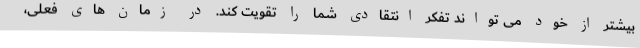
بیشتر از خود می تواند تفکر انتقادی شما را تقویت کند. در زمان های فعلی،